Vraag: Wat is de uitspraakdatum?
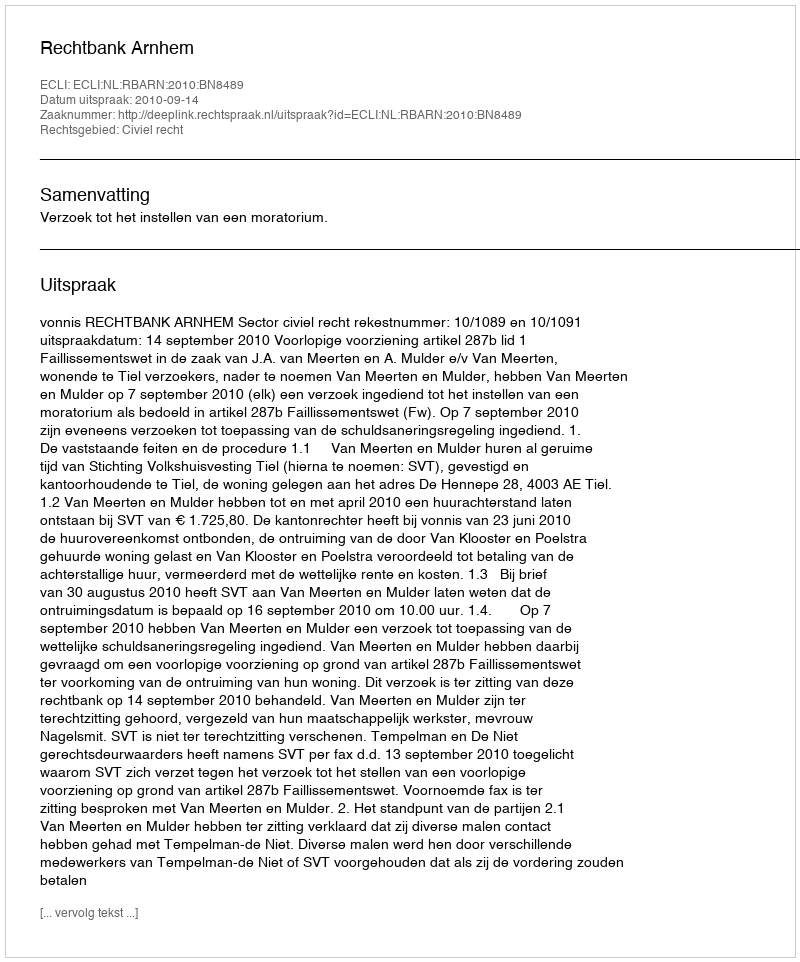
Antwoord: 2010-09-14